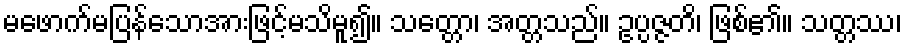
မဖောက်မပြန်သောအားဖြင့်မသိမူ၍။ သတ္တော၊ အတ္တသည်။ ဥပ္ပဇ္ဇတိ၊ ဖြစ်၏။ သတ္တဿ၊